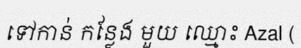
ទៅកាន់ កន្លែង មួយ ឈ្មោះ Azal (